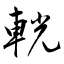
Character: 輄